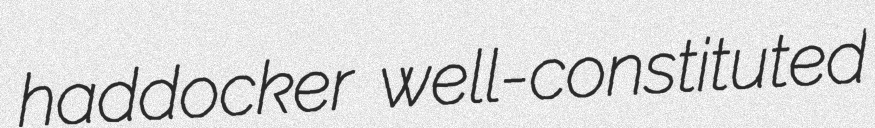
haddocker well-constituted